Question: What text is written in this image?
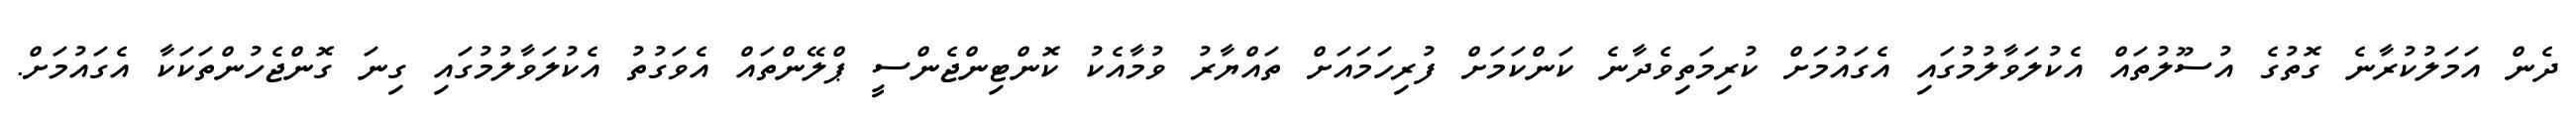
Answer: ދެން އަމަލުކުރާނެ ގޮތުގެ އުސޫލުތައް އެކުލަވާލުމުގައި އެގައުމަށް ކުރިމަތިވެދާނެ ކަންކަމަށް ފުރިހަމައަށް ތައްޔާރު ވުމާއެކު ކޮންޓިންޖެންސީ ޕްލޭންތައް އެވަގުތު އެކުލަވާލުމުގައި ގިނަ ގޮންޖެހުންތަކަކާ އެގައުމަށް.